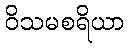
ဝိသမစရိယာ